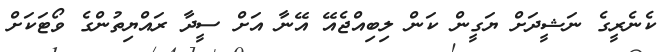
ކެނެރީގެ ނަޝީދަށް ޔަގީން ކަން ލިބިއްޖެއޭ އޭނާ އަށް ސީދާ ރައްޔިތުންގެ ވޯޓަކަށް